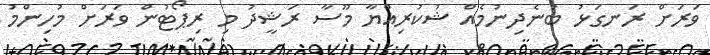
ވަރަށް ރަނގަޅު ބުނެދިނުމެއް ޝުކުރިއްޔާ މޫސާ ރަޝީދު މި ރިޕޯޓުން ވަރަށް މުހިންމު